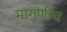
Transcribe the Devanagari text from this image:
मागणीच